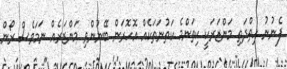
ފެނުނު ހިތްދަތި މަންޒަރަކީ ކިތަންމެ ކަތުނަތަކެއް އޮހޮރަން ބޭނުންވި މަންޒަރެއް ނަމަވެސް ރޯން